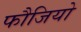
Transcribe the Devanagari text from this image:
फौजियो